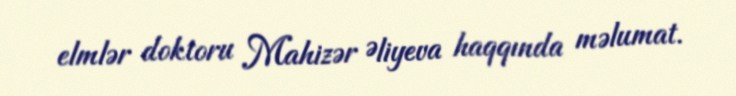
elmlər doktoru Mahizər Əliyeva haqqında məlumat.